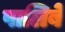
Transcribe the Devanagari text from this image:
पालिबे